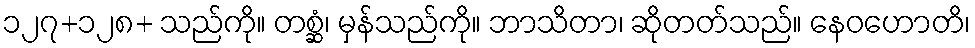
၁၂၇+၁၂၈+ သည်ကို။ တစ္ဆံ၊ မှန်သည်ကို။ ဘာသိတာ၊ ဆိုတတ်သည်။ နေဝဟောတိ၊